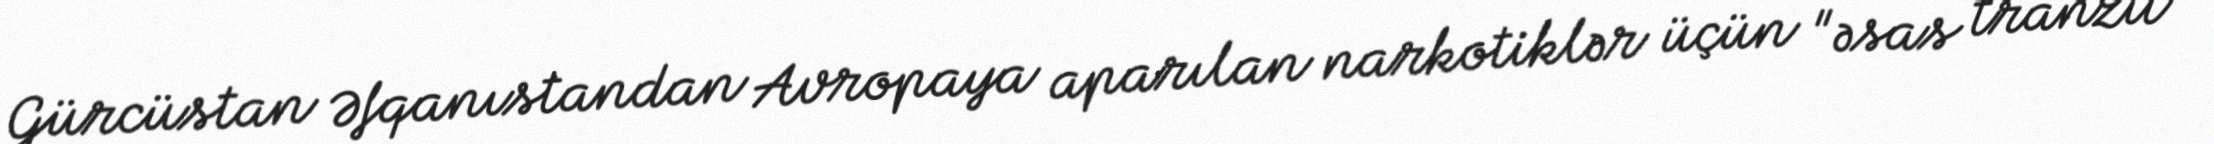
Gürcüstan Əfqanıstandan Avropaya aparılan narkotiklər üçün "əsas tranzit